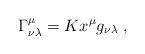
\begin{align*}\Gamma ^{\mu}_{\nu\lambda}=K x^{\mu}g_{\nu\lambda}\;,\end{align*}